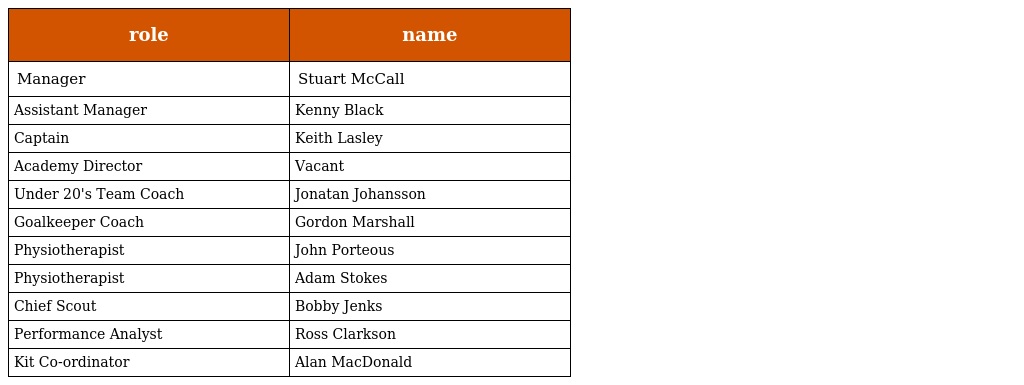
| role | name |
 | --- | --- |
 | Manager | Stuart McCall |
 | Assistant Manager | Kenny Black |
 | Captain | Keith Lasley |
 | Academy Director | Vacant |
 | Under 20's Team Coach | Jonatan Johansson |
 | Goalkeeper Coach | Gordon Marshall |
 | Physiotherapist | John Porteous |
 | Physiotherapist | Adam Stokes |
 | Chief Scout | Bobby Jenks |
 | Performance Analyst | Ross Clarkson |
 | Kit Co-ordinator | Alan MacDonald |